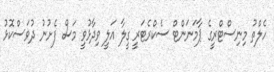
ހެލްތު މިނިސްޓްރީގެ ޕާމަނަންޓް ސެކްރެޓަރީ ގީލާ އަލީ ވިދާޅުވީ މަސް ފެށުނު ދުވަސްކޮޅު